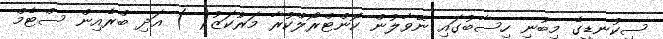
ސިކުނޑީގެ މިބުނި ހިސާބުގައި ނޭވާލުން ކޮންޓްރޯލްކުރާ މަރުކަޒު( ) އަދި ބްރެއިން ސްޓެމް